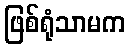
ဖြစ်ရုံသာမက